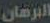
البرهان